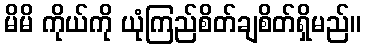
မိမိ ကိုယ်ကို ယုံကြည်စိတ်ချစိတ်ရှိမည်။